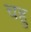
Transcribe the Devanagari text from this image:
चहु